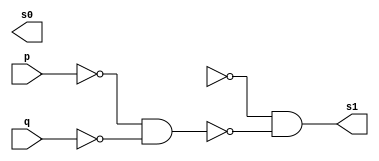
/*
01.) Realizar a simulao de um operador de meia-soma
     usando apenas portas NAND
     (modelo tradicional AND, OR, NOT, AND, s0 e s1)
     DICA Usar definies de portas da prpria linguagem
           para criar novos mdulos

           nand NAND01 (s, x, y); */



module HalfAdder (s0,s1,p,q);
	output s0,s1;
	input p,q;
	nand NAND1 (f1,p,p);
	nand NAND2 (f2,p,q);
	nand NAND3 (f3,q,q);
	nand NAND4 (f4,f1,f3);
	nand NAND5 (S0,f2,f2);
	nand NAND6 (f6,F0,F0);
	nand NAND7 (f7,f6,f4);
	nand NAND8 (s1,f7,f7);
endmodule

module Teste;
       reg p,q;
       wire s0,s1;
       
       HalfAdder HA (s0,s1,p,q);
       
       initial begin
              
       $display ("Ex01_Guia04_Rafael Moreira Melo_405834");
       $display ("Teste EX01");
       
       $monitor ("%b + %b = %b %b", p,q,s1,s0);
       
       p=0; q=0;
       
    #1 p=1; q=0;
    #1 p=0; q=1;
    #1 p=1; q=1;

end
endmodule